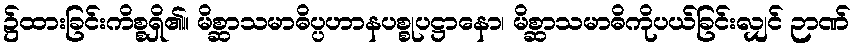
၌ထားခြင်းကိစ္စရှိ၏။ မိစ္ဆာသမာဓိပ္ပဟာနပစ္စုပဋ္ဌာနော၊ မိစ္ဆာသမာဓိကိုပယ်ခြင်းလျှင် ဉာဏ်